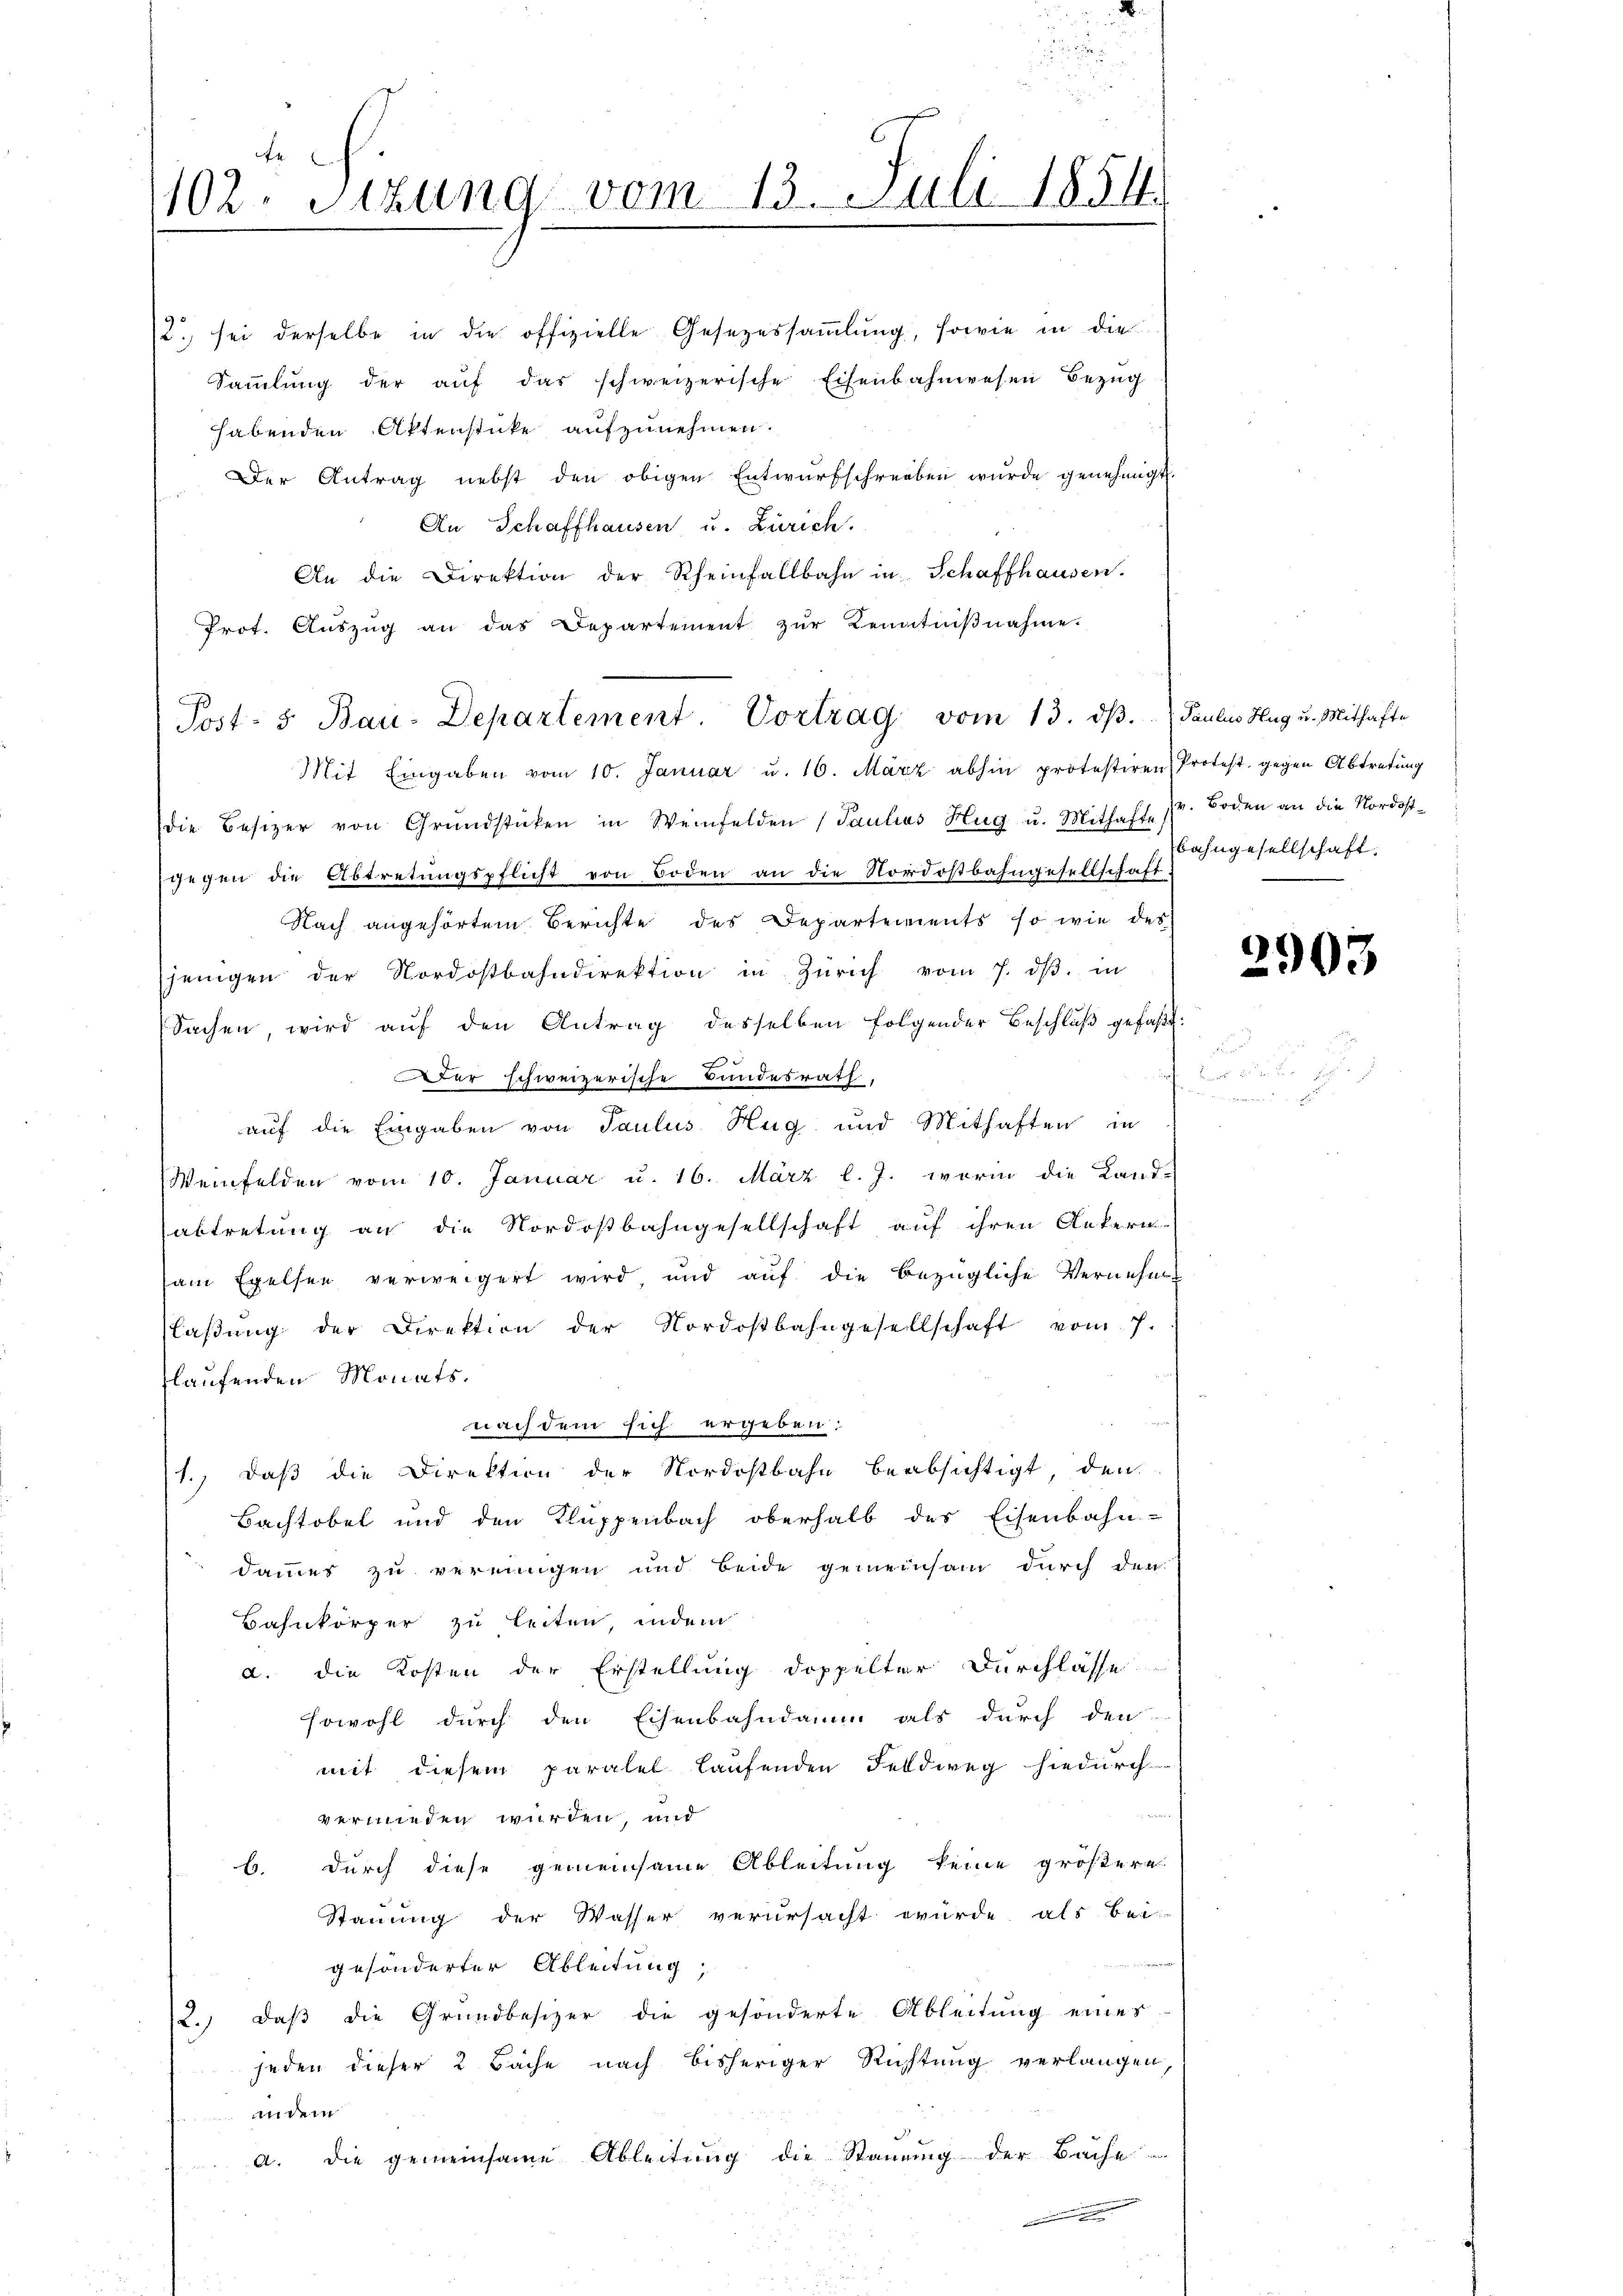
102. Sitzung vom 13. Juli 1854.

2. sei derselbe in die offizielle Gesezessammlung, sowie in die
Saṁlŭng der aŭf das schweizerische Eisenbahnwesen Bezŭg
habenden Aktenstücke aufzunehmen.
Der Antrag nebst den obigen Entwurfschreiben wurde genehmigt.
An Schaffhausen u. Zürich.
An die Direktion der Rheinfallbahn in Schaffhausen.
Prot. Aŭszŭg an das Departement zŭr Kenntniβnahme.
Mit Eingaben vom 10. Januar u. 16. März abhin protestiren Protest. gegen Abtretung
die Besizer von Grundstücken in Weinfelden (Paulins Hug u. Mithaft, Pr. Boden an die Nordostgegen die Abtretungspflicht von Boden an die Nordostbahngesellschaft
Nach angehörtem Berichte des Departements so wie des
jenigen der Nordostbahndirektion in Zürich vom 7. dβ. in
Sachen wird auf den Antrag desselben folgender Beschluß gefaßt:
e
Der schweizerische Bundesrath,
auf die Eingaben von Paulus Hug und Mithaften in
Weinfelden vom 10. Januar u. 16. März l. J. worin die Land-
abtretung an die Nordostbahngesellschaft auf ihren Ankern-
sem Exelsen verweigert wird und auf die bezügliche Vernehm
laβŭng der Direktion der Nordostbahngesellschaft vom 7.
flaufenden Monatsnach dem sich ergeben:
1., daß die Direktion der Nordostbahn beabsichtigt, den
Bachtobel und den Kluppenbach oberhalb des Eisenbahn-
dammes zu vernungen und beide gemeinsam durch den
Bahnkörper zu leiten, indem
a. die Kosten der Erstellung doppelter Durchlasse
sowohl durch den Eisenbahndamm als durch den
mit diesem paralel laufenden Feldweg hiedurch
vermieden wurden, und
b. Durch diese gemeinsame Ableitung keine größere
Stauung der Wasser verursacht würde, als bei
gesönderter Ableitung,
(2.) daß die Grundbesizer die gesönderte Ableitung eines
jeden dieser 2 Bäche nach bisheriger Richtung verlangen,
indem
a. die gemeinsame Ableitung die Stauung der Bache

Post- 5. Bau-Departement. Vortrag vom 13. dβ. Paulus Hug u. Mithafte

bahngesellschaft.

2903